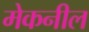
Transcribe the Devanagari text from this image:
मेकनील